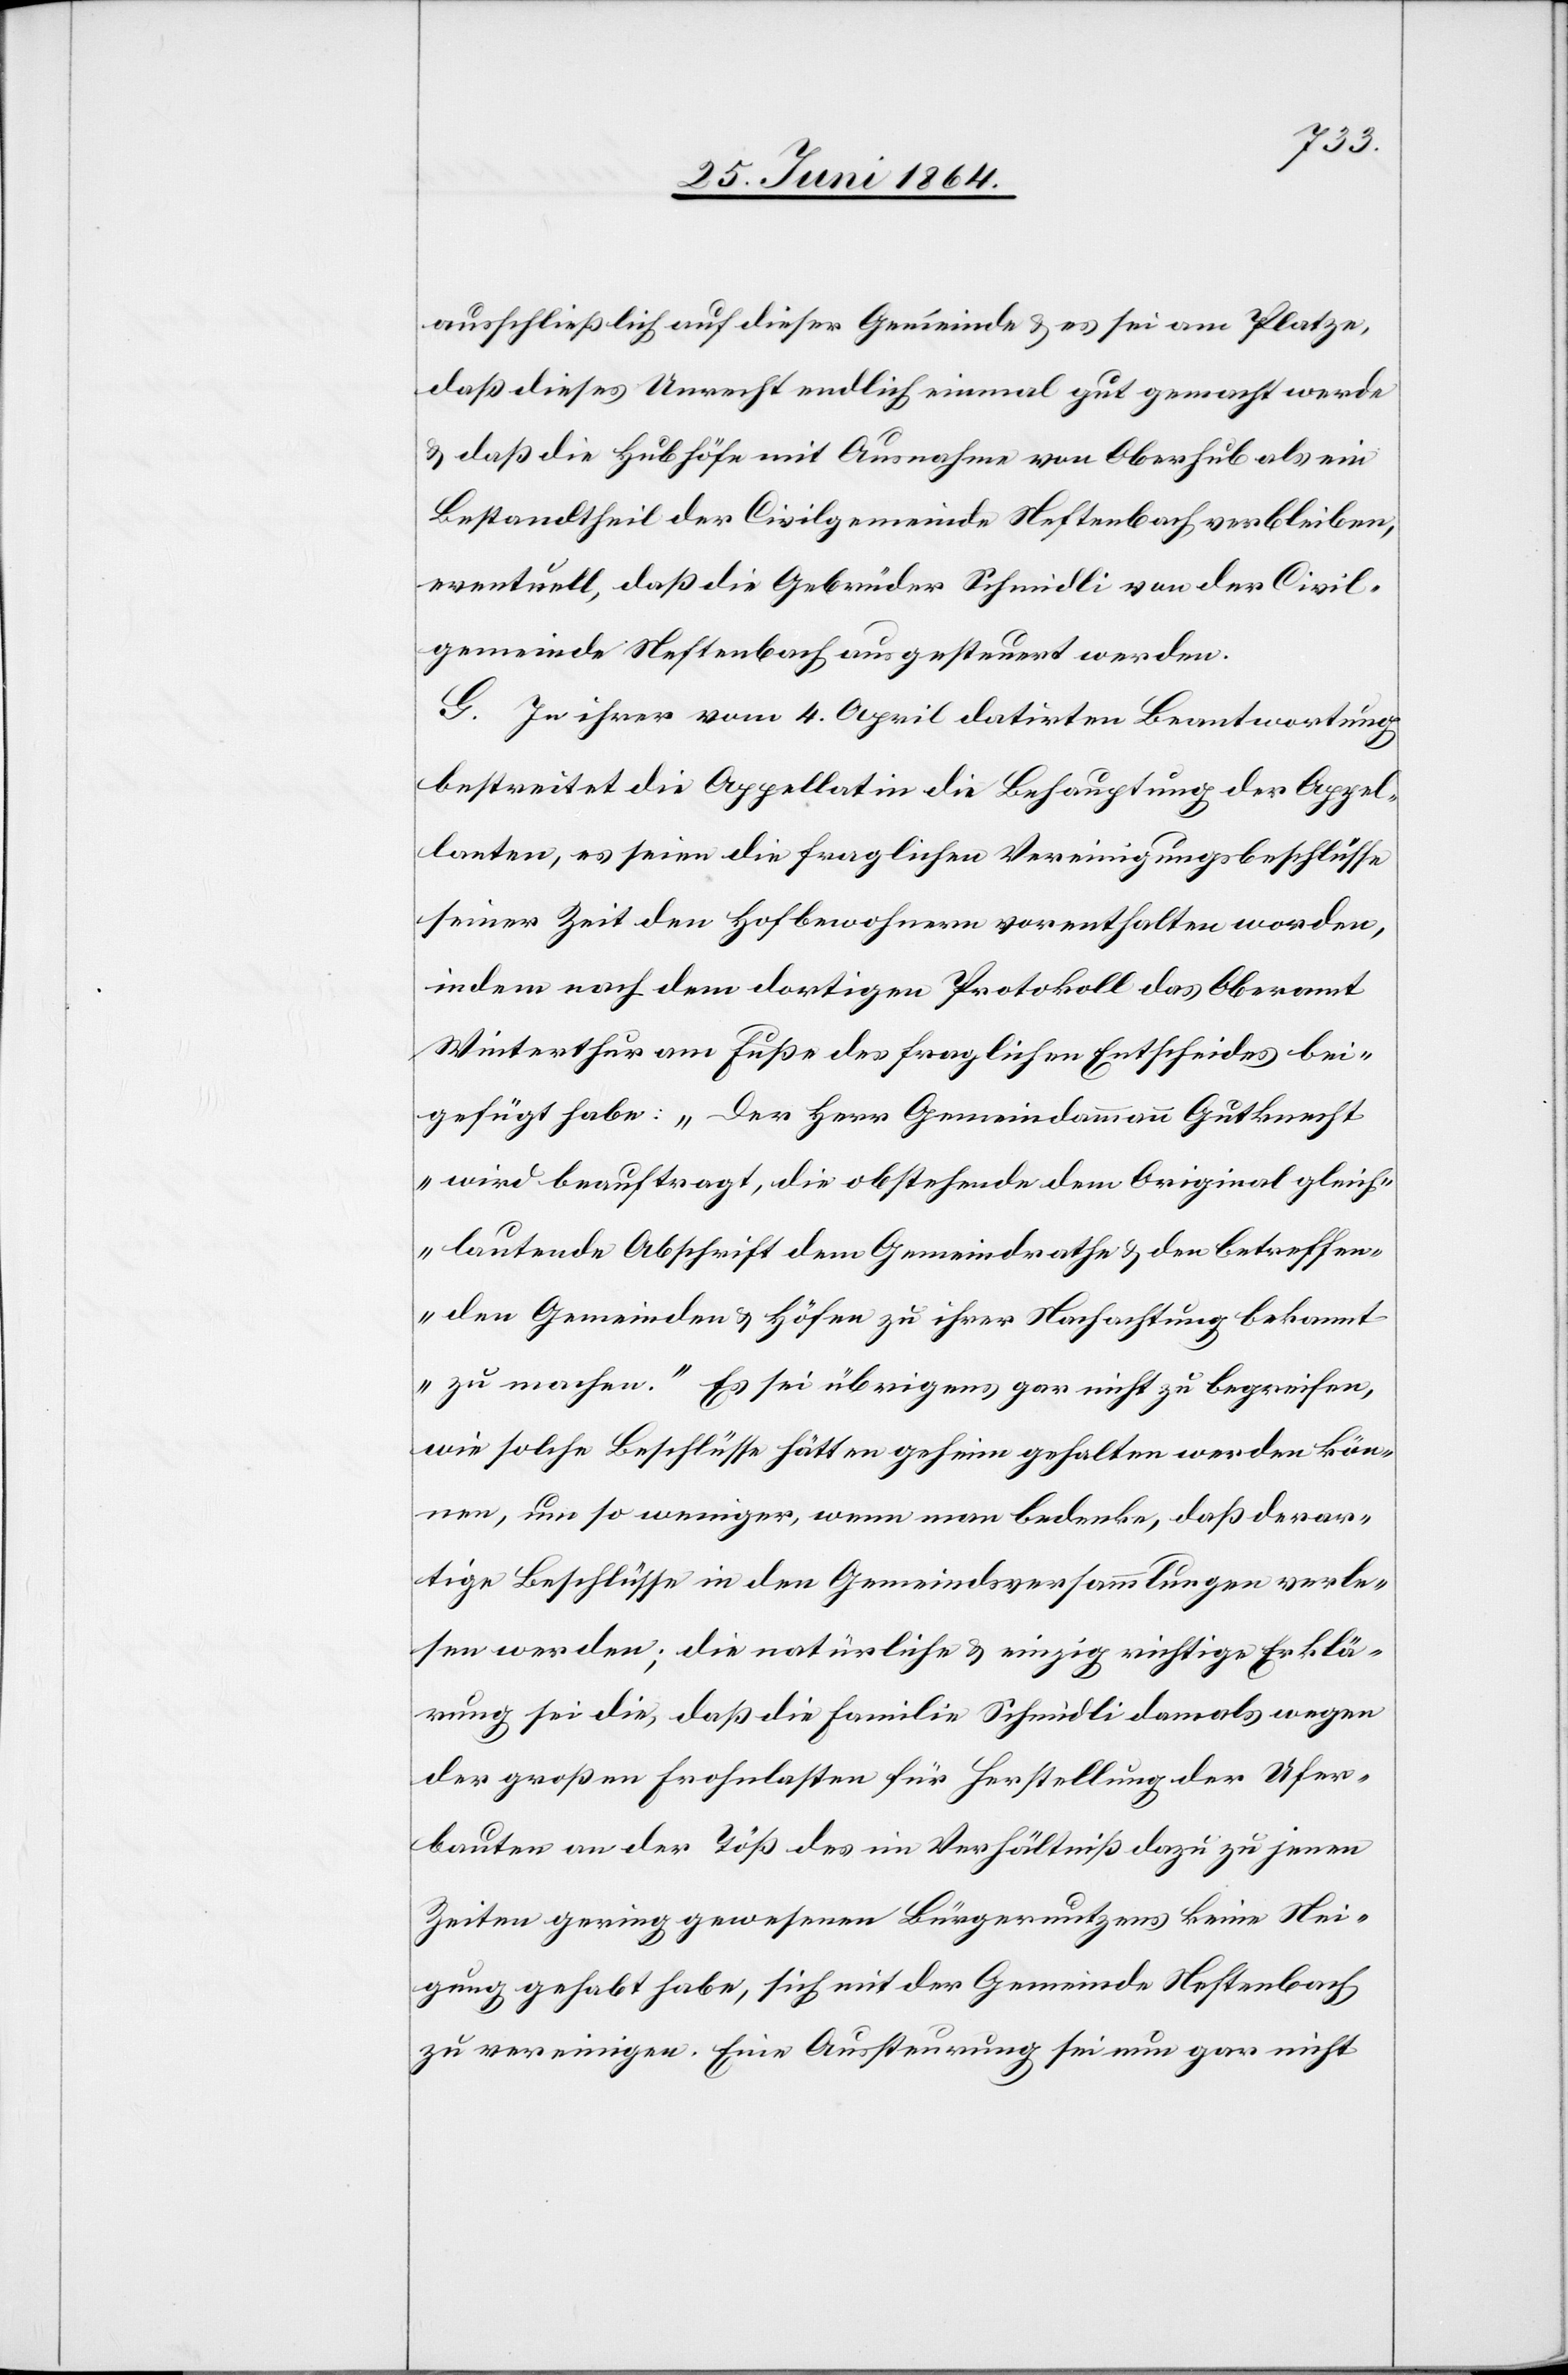
ausschließlich auf dieser Gemeinde u. es sei am Platze,
daß dieses Unrecht endlich einmal gut gemacht werde
u. daß die Hubhöfe mit Ausnahme von Oberhub als ein
Bestandtheil der Civilgemeinde Neftenbach verbleiben,
eventuell, daß die Gebrüder Schmidli von der Civil¬
gemeinde Neftenbach ausgesteuert werden.
G. In ihrer vom 4. April datirten Beantwortung
bestreitet die Appellatin die Behauptung der Appel¬
lanten, es seien die fraglichen Vereinigungsbeschlüsse
seiner Zeit den Hofbewohnern vorenthalten worden,
indem nach dem dortigen Protokoll das Oberamt
Winterthur am Fuße des fraglichen Entscheides bei¬
gefügt habe: „Der Herr Gemeindammann Gutknecht
wird beauftragt, die obstehende dem Original gleich¬
lautende Abschrift dem Gemeindrathe u. den betreffen¬
den Gemeinden u. Höfen zu ihrer Nachachtung bekannt
zu machen.“ Es sei übrigens gar nicht zu begreifen,
wie solche Beschlüsse hätten geheim gehalten werden kön¬
nen, um so weniger, wenn man bedenke, daß derar¬
tige Beschlüsse in den Gemeindsversammlungen verle¬
sen werden; die natürliche u. einzig richtige Erklä¬
rung sei die, daß die Familie Schmidli damals wegen
der großen Frohnlasten für Herstellung der Ufer¬
bauten an der Töß des im Verhältniß dazu zu jenen
Zeiten gering gewesenen Bürgernutzens keine Nei¬
gung gehabt habe, sich mit der Gemeinde Neftenbach
zu vereinigen. Eine Aussteuerung sei nun gar nicht